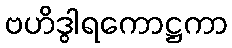
ဗဟိဒွါရကောဋ္ဌကာ